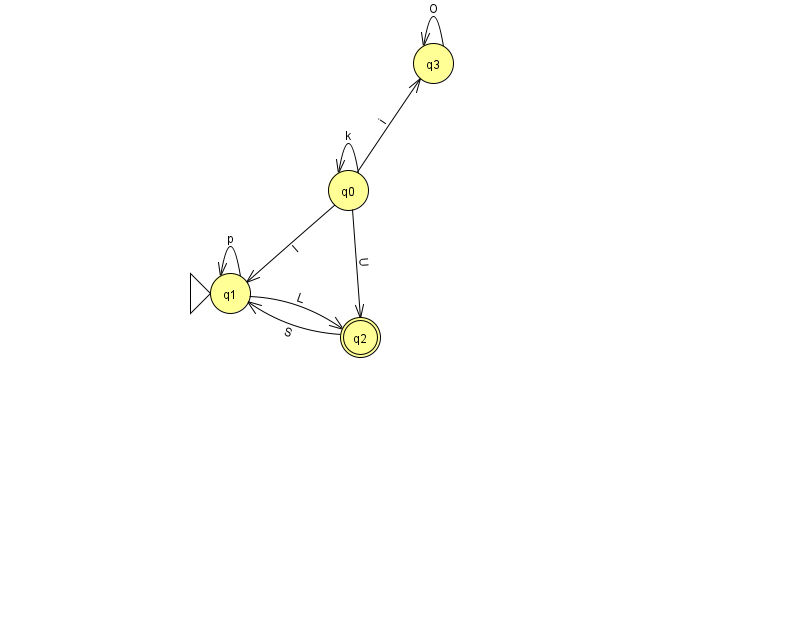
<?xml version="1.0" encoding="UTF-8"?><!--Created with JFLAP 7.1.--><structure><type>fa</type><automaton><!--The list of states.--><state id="0" name="q0"><x>348.0</x><y>177.0</y></state><state id="1" name="q1"><x>230.0</x><y>280.0</y><initial/></state><state id="2" name="q2"><x>360.0</x><y>324.0</y><final/></state><state id="3" name="q3"><x>433.0</x><y>50.0</y></state><!--The list of transitions.--><transition><from>1</from><to>1</to><read>p</read></transition><transition><from>1</from><to>2</to><read>L</read></transition><transition><from>0</from><to>3</to><read>i</read></transition><transition><from>2</from><to>1</to><read>S</read></transition><transition><from>0</from><to>0</to><read>k</read></transition><transition><from>0</from><to>1</to><read>l</read></transition><transition><from>0</from><to>2</to><read>U</read></transition><transition><from>3</from><to>3</to><read>O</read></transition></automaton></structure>